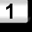
Digit: 1